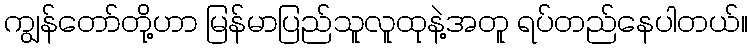
ကျွန်တော်တို့ဟာ မြန်မာပြည်သူလူထုနဲ့အတူ ရပ်တည်နေပါတယ်။